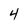
Character: 4